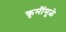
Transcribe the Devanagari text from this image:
कृमींमुळे